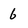
Character: 6